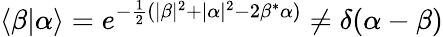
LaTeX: \langle\beta|\alpha\rangle=e^{-{\frac{1}{2}}(|\beta|^{2}+|\alpha|^{2}-2\beta^{*}\alpha)}\neq\delta(\alpha-\beta)